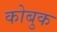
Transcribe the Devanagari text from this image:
कोबुक